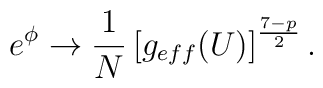
e^\phi \rightarrow \frac{1}{N} \left[g_{eff} (U)\right]^{\frac{7-p}{2}}.